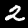
Digit: 2